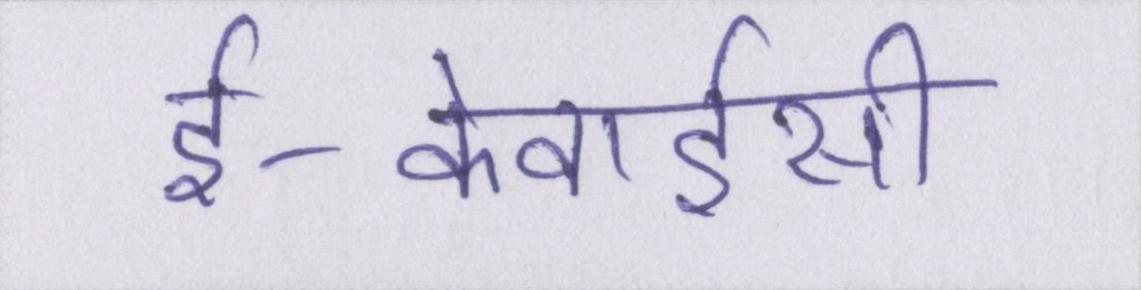
ई-केवाईसी